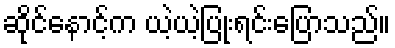
ဆိုင်နောင့်က ယဲ့ယဲ့ပြုံးရင်းပြောသည်။